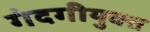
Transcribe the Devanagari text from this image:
गंदगीयुक्त